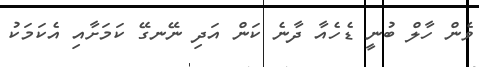
ވެން ހާލް ބުނީ ޑެހެއާ ދާނެ ކަން އަދި ނޭނގޭ ކަމަށާއި އެކަމަކު